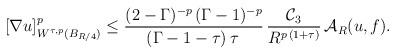
LaTeX: \begin{align*}[\nabla u]^p_{W^{\tau,p}(B_{R/4})}&\le \frac{(2-\Gamma)^{-p}\,(\Gamma-1)^{-p}}{(\Gamma-1-\tau)\,\tau\,}\,\frac{\mathcal{C}_3}{R^{p\,(1+\tau)}}\,\mathcal{A}_R(u,f).\end{align*}